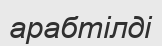
арабтілді